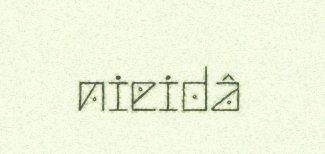
nieidâ